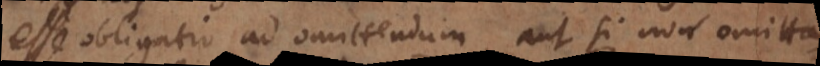
esse obligatio ad omittendum, aut si non omitta